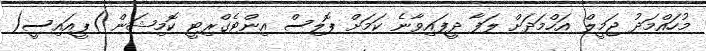
މުހައްމަދު ޖަމީލް އަހްމަދަށް ލަފާ ދީފައިވާނެ ކަމަށް ޕޮލިސް އިންޓެގްރިޓީ ކޮމިޝަން )ޕީއައިސީ(